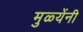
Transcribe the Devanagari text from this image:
मुळ्येंनी